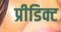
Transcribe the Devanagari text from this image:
प्रीडिक्ट